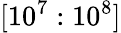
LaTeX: [10^{7}:10^{8}]